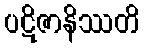
ပဋိဇာနိဿတိ